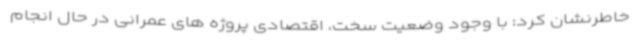
خاطرنشان کرد: با وجود وضعیت سخت، اقتصادی پروژه های عمرانی در حال انجام